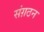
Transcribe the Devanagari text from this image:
संग़ठन